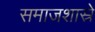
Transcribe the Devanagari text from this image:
समाजशास्रे